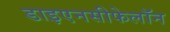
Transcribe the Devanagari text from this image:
डाइएनसीफेलॉन